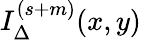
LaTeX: I_{\Delta}^{(s+m)}(x,y)